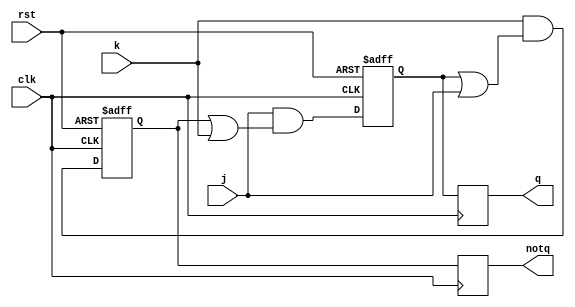
module jk_flipflop(
    input wire j,
    input wire k,
    input wire clk,
    input wire rst,
    output reg q,
    output reg notq
);

reg master_q, master_notq, slave_q, slave_notq;

always @(posedge clk or posedge rst) begin
    if(rst) begin
        master_q <= 1'b0;
        master_notq <= 1'b1;
    end else begin
        master_q <= j & (master_notq | k);
        master_notq <= k & (master_q | j);
    end
end

always @(negedge clk) begin
    slave_q <= master_q;
    slave_notq <= master_notq;
end

assign q = slave_q;
assign notq = slave_notq;

endmodule